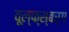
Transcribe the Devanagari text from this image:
वूल्फ्स्बर्ग